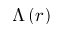
\Lambda \left( r \right)